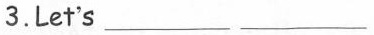
3.Let's ___ ___